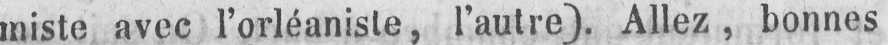
miste avec l’orléaniste, l’autre). Allez, bonnes